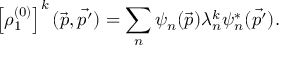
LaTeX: \left[ \rho _ { 1 } ^ { ( 0 ) } \right] ^ { k } ( \vec { p } , \vec { p ^ { \prime } } ) = \sum _ { n } \psi _ { n } ( \vec { p } ) \lambda _ { n } ^ { k } \psi _ { n } ^ { * } ( \vec { p ^ { \prime } } ) .